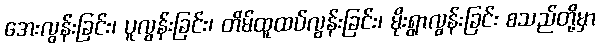
အေးလွန်းခြင်း၊ ပူလွန်းခြင်း၊ တိမ်ထူထပ်လွန်းခြင်း၊ မိုးရွာလွန်းခြင်း စသည်တို့မှာ